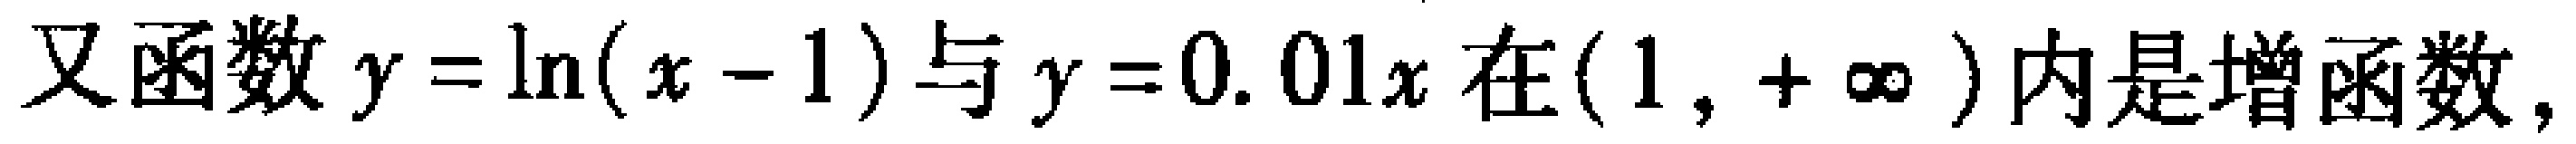
又函数\(y = \ln(x - 1)\)与\(y = 0.01x\)在\((1, +\infty)\)内是增函数，